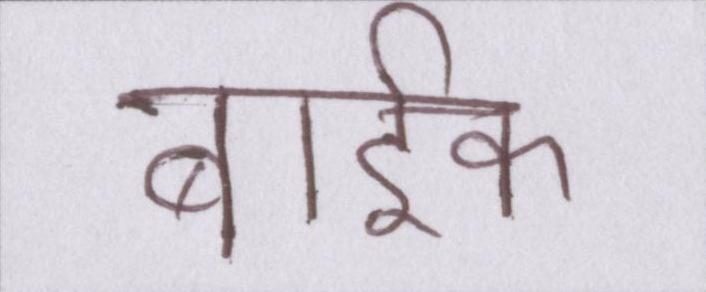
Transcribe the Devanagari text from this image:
बार्इक